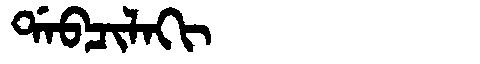
Manchu: ᡩᠠᠪᠴᡳᠯᠠᡴᡳ
Romanization: DABCILAKI